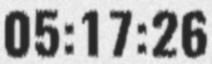
05:17:26